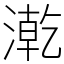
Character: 漧